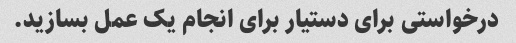
درخواستی برای دستیار برای انجام یک عمل بسازید.